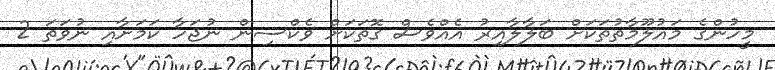
މީހުންގެ މައުލޫމާތުތަކަށް ބަލާލާއިރު އެއްވެސް ގޮތަކަށް ވެކްސިން ނުޖަހާ ކަމަށާއި ނުވަތަ 2